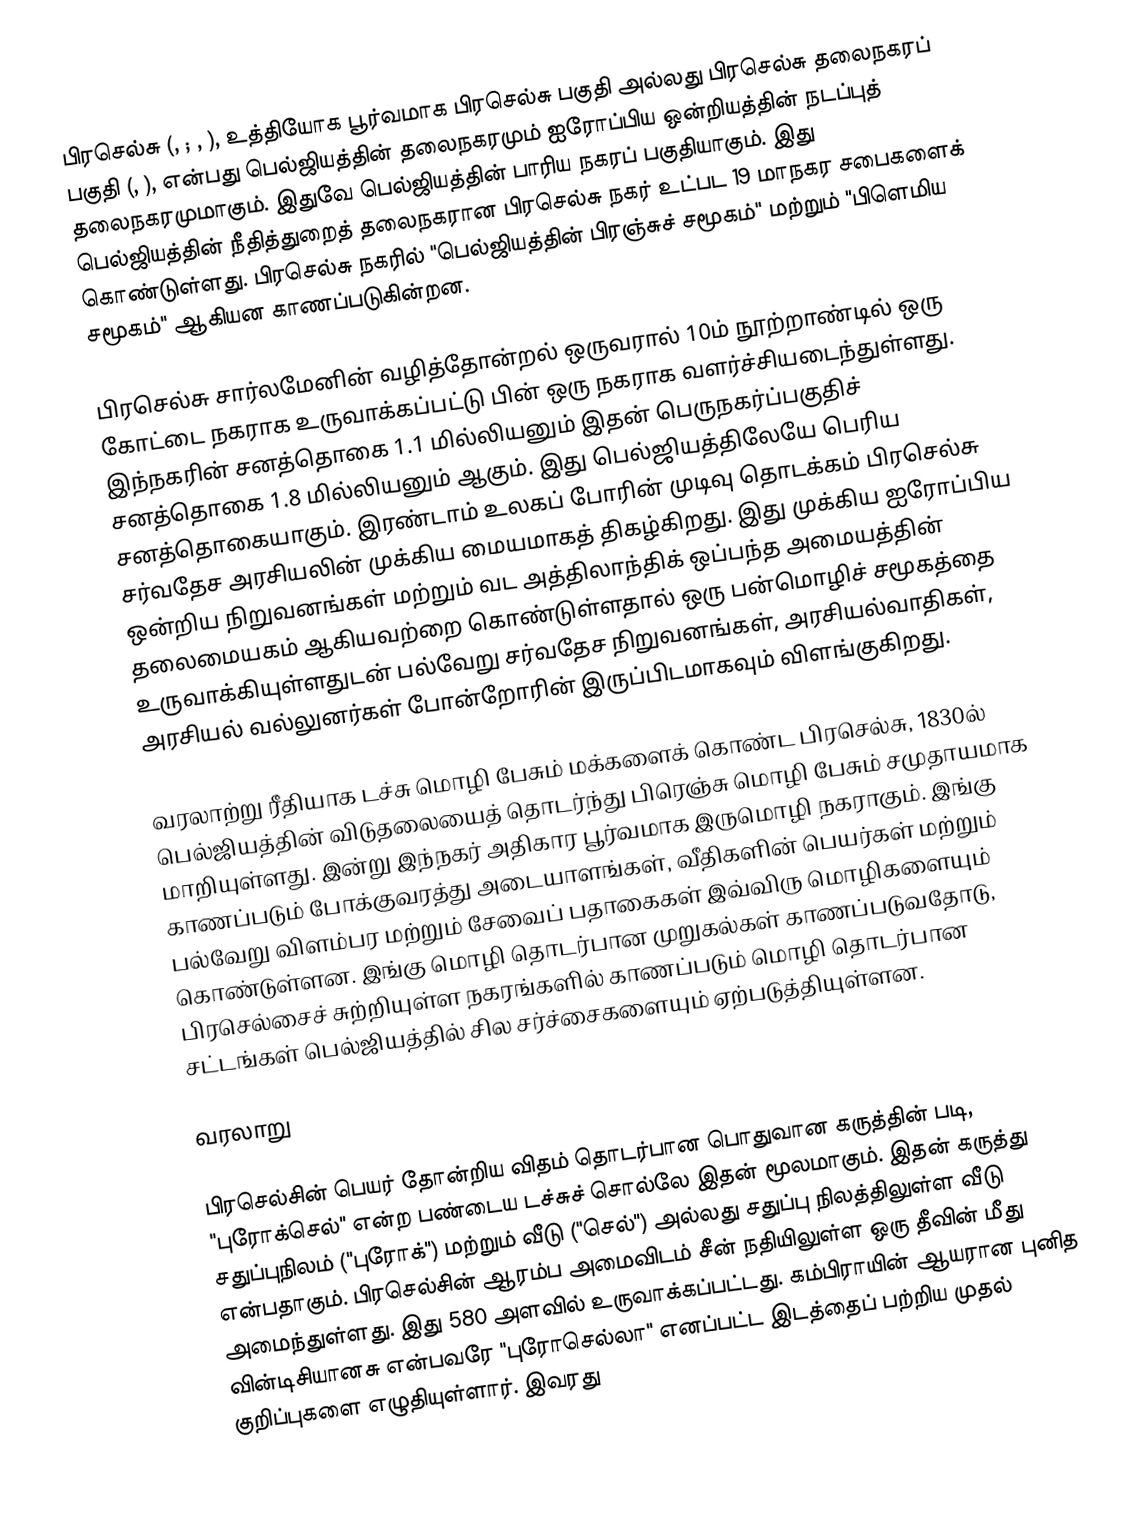
பிரசெல்சு (, ; , ), உத்தியோக பூர்வமாக பிரசெல்சு பகுதி அல்லது பிரசெல்சு தலைநகரப் பகுதி (, ), என்பது பெல்ஜியத்தின் தலைநகரமும் ஐரோப்பிய ஒன்றியத்தின் நடப்புத் தலைநகரமுமாகும். இதுவே பெல்ஜியத்தின் பாரிய நகரப் பகுதியாகும். இது பெல்ஜியத்தின் நீதித்துறைத் தலைநகரான பிரசெல்சு நகர் உட்பட 19 மாநகர சபைகளைக் கொண்டுள்ளது. பிரசெல்சு நகரில் "பெல்ஜியத்தின் பிரஞ்சுச் சமூகம்" மற்றும் "பிளெமிய சமூகம்" ஆகியன காணப்படுகின்றன.

பிரசெல்சு சார்லமேனின் வழித்தோன்றல் ஒருவரால் 10ம் நூற்றாண்டில் ஒரு கோட்டை நகராக உருவாக்கப்பட்டு பின் ஒரு நகராக வளர்ச்சியடைந்துள்ளது. இந்நகரின் சனத்தொகை 1.1 மில்லியனும் இதன் பெருநகர்ப்பகுதிச் சனத்தொகை 1.8 மில்லியனும் ஆகும். இது பெல்ஜியத்திலேயே பெரிய சனத்தொகையாகும். இரண்டாம் உலகப் போரின் முடிவு தொடக்கம் பிரசெல்சு சர்வதேச அரசியலின் முக்கிய மையமாகத் திகழ்கிறது. இது முக்கிய ஐரோப்பிய ஒன்றிய நிறுவனங்கள் மற்றும் வட அத்திலாந்திக் ஒப்பந்த அமையத்தின் தலைமையகம் ஆகியவற்றை கொண்டுள்ளதால் ஒரு பன்மொழிச் சமூகத்தை உருவாக்கியுள்ளதுடன் பல்வேறு சர்வதேச நிறுவனங்கள், அரசியல்வாதிகள், அரசியல் வல்லுனர்கள் போன்றோரின் இருப்பிடமாகவும் விளங்குகிறது.

வரலாற்று ரீதியாக டச்சு மொழி பேசும் மக்களைக் கொண்ட பிரசெல்சு, 1830ல் பெல்ஜியத்தின் விடுதலையைத் தொடர்ந்து பிரெஞ்சு மொழி பேசும் சமுதாயமாக மாறியுள்ளது. இன்று இந்நகர் அதிகார பூர்வமாக இருமொழி நகராகும். இங்கு காணப்படும் போக்குவரத்து அடையாளங்கள், வீதிகளின் பெயர்கள் மற்றும் பல்வேறு விளம்பர மற்றும் சேவைப் பதாகைகள் இவ்விரு மொழிகளையும் கொண்டுள்ளன. இங்கு மொழி தொடர்பான முறுகல்கள் காணப்படுவதோடு, பிரசெல்சைச் சுற்றியுள்ள நகரங்களில் காணப்படும் மொழி தொடர்பான சட்டங்கள் பெல்ஜியத்தில் சில சர்ச்சைகளையும் ஏற்படுத்தியுள்ளன.

வரலாறு

பிரசெல்சின் பெயர் தோன்றிய விதம் தொடர்பான பொதுவான கருத்தின் படி, "புரோக்செல்" என்ற பண்டைய டச்சுச் சொல்லே இதன் மூலமாகும். இதன் கருத்து சதுப்புநிலம் ("புரோக்") மற்றும் வீடு ("செல்") அல்லது சதுப்பு நிலத்திலுள்ள வீடு என்பதாகும். பிரசெல்சின் ஆரம்ப அமைவிடம் சீன் நதியிலுள்ள ஒரு தீவின் மீது அமைந்துள்ளது. இது 580 அளவில் உருவாக்கப்பட்டது. கம்பிராயின் ஆயரான புனித வின்டிசியானசு என்பவரே "புரோசெல்லா" எனப்பட்ட இடத்தைப் பற்றிய முதல் குறிப்புகளை எழுதியுள்ளார். இவரது